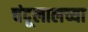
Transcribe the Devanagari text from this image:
चंदूलालच्या